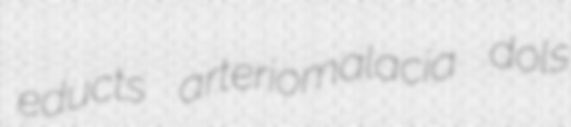
educts arteriomalacia dols